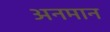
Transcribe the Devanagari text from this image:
अनमान